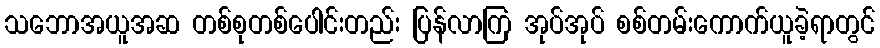
သဘောအယူအဆ တစ်စုတစ်ပေါင်းတည်း ပြန်လာကြ အုပ်အုပ် စစ်တမ်းကောက်ယူခဲ့ရာတွင်